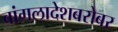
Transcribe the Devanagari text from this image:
बांगलादेशबरोबर